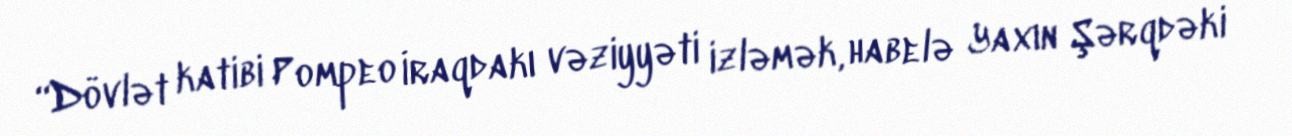
“Dövlət katibi Pompeo İraqdakı vəziyyəti izləmək, habelə Yaxın Şərqdəki